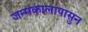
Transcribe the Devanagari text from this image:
जन्मकालापासुन